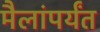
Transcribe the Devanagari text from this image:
मैलांपर्यंत